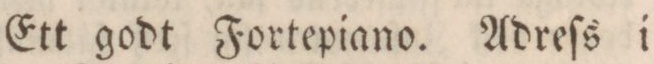
Ett godt Fortepiano. Adreſs i